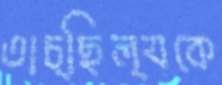
তাচ্ছিল্যকে